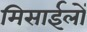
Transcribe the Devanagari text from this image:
मिसाईलों